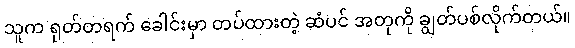
သူက ရုတ်တရက် ခေါင်းမှာ တပ်ထားတဲ့ ဆံပင် အတုကို ချွတ်ပစ်လိုက်တယ်။